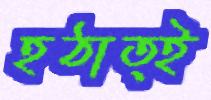
হঠাত্ই